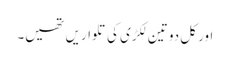
اور کل دو تین لکڑی کی تلواریں تھیں۔